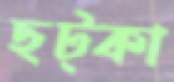
ছট্‌কা